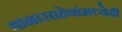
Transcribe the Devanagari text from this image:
बाळासाहेबांमध्येही